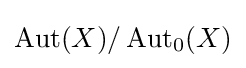
\operatorname {Aut} (X)/\operatorname {Aut} _{0}(X)